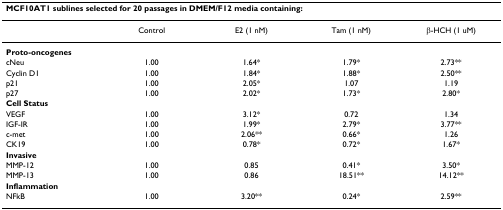
| <COLSPAN=5> MCF10AT1 sublines selected for 20 passages in DMEM/F12 media containing: |
 | --- | --- | --- | --- | --- |
 |  | Control | E2 (1 nM) | Tam (1 nM) | β-HCH (1 uM) |
 | Proto-oncogenes |  |  |  |  |
 | cNeu | 1.00 | 1.64* | 1.79* | 2.73** |
 | Cyclin D1 | 1.00 | 1.84* | 1.88* | 2.50** |
 | p21 | 1.00 | 2.05* | 1.07 | 1.19 |
 | p27 | 1.00 | 2.02* | 1.73* | 2.80* |
 | Cell Status |  |  |  |  |
 | VEGF | 1.00 | 3.12* | 0.72 | 1.34 |
 | IGF-IR | 1.00 | 1.99* | 2.79* | 3.77** |
 | c-met | 1.00 | 2.06** | 0.66* | 1.26 |
 | CK19 | 1.00 | 0.78* | 0.72* | 1.67* |
 | Invasive |  |  |  |  |
 | MMP-12 | 1.00 | 0.85 | 0.41* | 3.50* |
 | MMP-13 | 1.00 | 0.86 | 18.51** | 14.12** |
 | Inflammation |  |  |  |  |
 | NFkB | 1.00 | 3.20** | 0.24* | 2.59** |